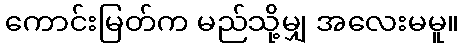
ကောင်းမြတ်က မည်သို့မျှ အလေးမမူ။